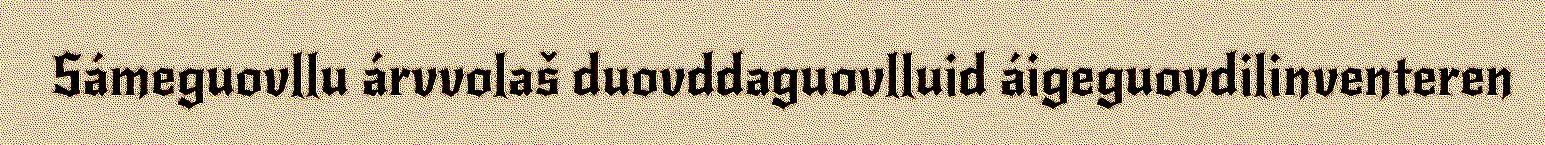
Sámeguovllu árvvolaš duovddaguovlluid áigeguovdilinventeren